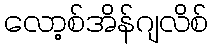
လော့စ်အိန်ဂျလိစ်